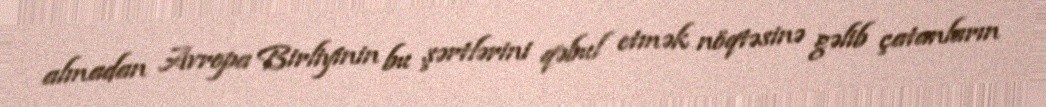
almadan Avropa Birliyinin bu şərtlərini qəbul etmək nöqtəsinə gəlib çatanların